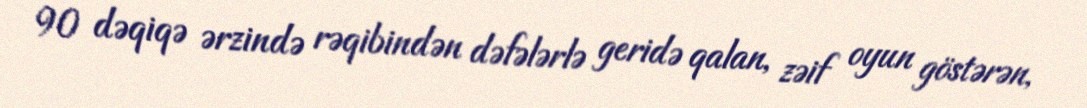
90 dəqiqə ərzində rəqibindən dəfələrlə geridə qalan, zəif oyun göstərən,